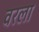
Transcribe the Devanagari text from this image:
वरला